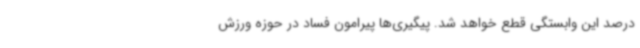
درصد این وابستگی قطع خواهد شد. پیگیری‌ها پیرامون فساد در حوزه ورزش